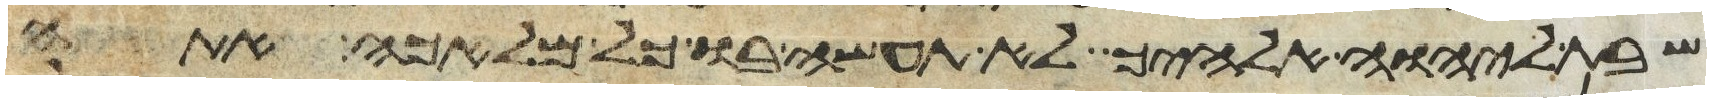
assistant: שבת ליהוה אלהיך לא תעשה בו כל מלאכה אתה